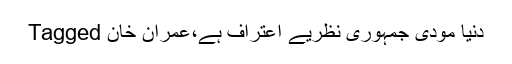
Tagged دنیا مودی جمہوری نظریے اعتراف ہے،عمران خان